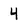
Character: 4